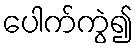
ပေါက်ကွဲ၍